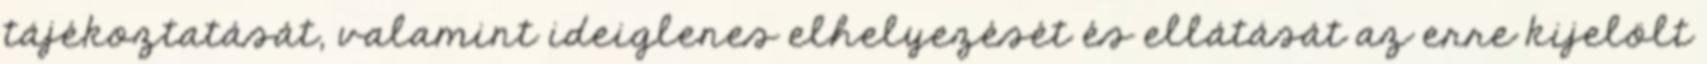
tájékoztatását, valamint ideiglenes elhelyezését és ellátását az erre kijelölt